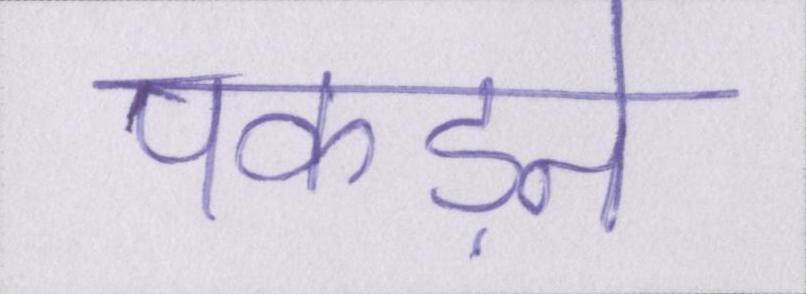
पकड़ने